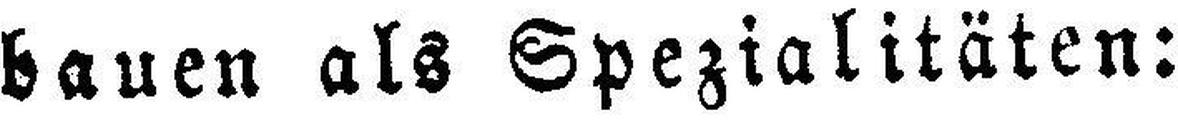
bauen als Spezialitäten: